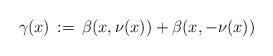
LaTeX: \begin{align*}\gamma(x) \,:=\, \beta(x,\nu(x)) + \beta(x,-\nu(x))\end{align*}